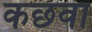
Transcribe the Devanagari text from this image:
कछवा